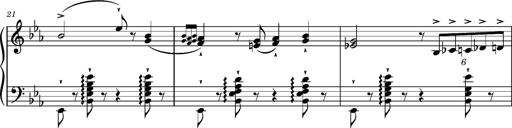
Title: Magyar rapszÃ³diÃ¡k
Composer: Franz Liszt